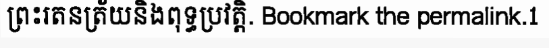
ព្រះរតនត្រ័យនិងពុទ្ធប្រវត្តិ. Bookmark the permalink.1